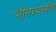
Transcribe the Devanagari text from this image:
भीमस्वामींचे